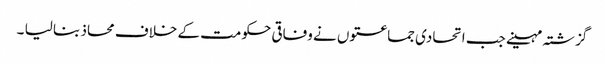
گزشتہ مہینے جب اتحادی جماعتوں نے وفاقی حکومت کے خلاف محاذ بنا لیا ۔